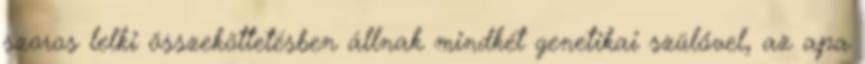
szoros lelki összeköttetésben állnak mindkét genetikai szülővel, az apa